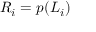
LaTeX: R _ { i } = p ( L _ { i } ) \,